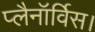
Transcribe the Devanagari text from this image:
प्लैनॉर्विस।